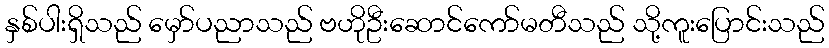
နှစ်ပါးရှိသည် မှော်ပညာသည် ဗဟိုဦးဆောင်ကော်မတီသည် သို့ကူးပြောင်းသည်